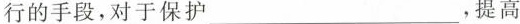
行的手段，对于保护_____，提高